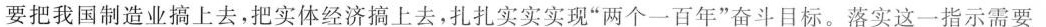
要把我国制造业搞上去，把实体经济搞上去，扎扎实实实现”两个一百年”奋斗目标。落实这一指示需要